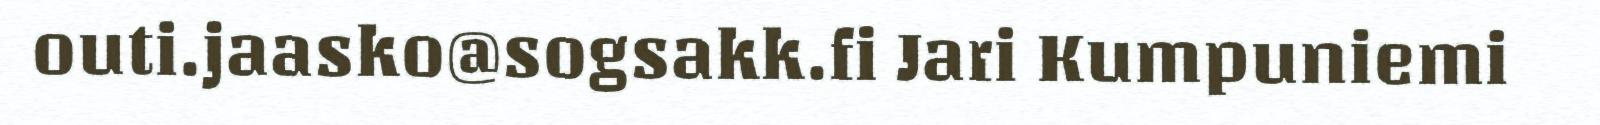
outi.jaasko@sogsakk.fi Jari Kumpuniemi